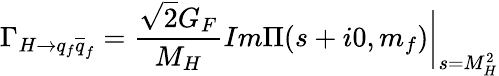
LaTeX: \Gamma_{H\rightarrow q_{f}\overline{{{q}}}_{f}}=\frac{\sqrt{2}G_{F}}{M_{H}}Im\Pi(s+i0,m_{f})\biggr|_{s=M_{H}^{2}}